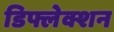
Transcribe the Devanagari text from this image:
डिफ्लेक्शन